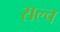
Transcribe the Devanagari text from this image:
राल्च